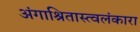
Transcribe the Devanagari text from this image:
अंगाश्रितास्त्वलंकारा